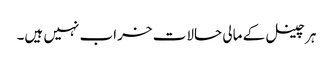
ہر چینل کے مالی حالات خراب نہیں ہیں۔